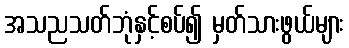
အသညသတ်ဘုံနှင့်စပ်၍ မှတ်သားဖွယ်များ